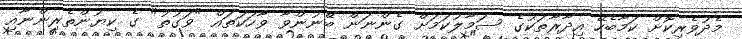
މެދުވެރިކޮށް ކަމާބެހޭ އިދާރާތަކުގެ ސަމާލުކަމަށް ގެންނަން ބޭނުންވާ ވާހަކަތައް "ވަގުތު" ގެ ކިޔުންތެރިންނާއި